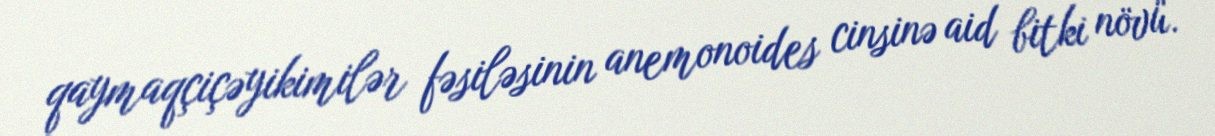
qaymaqçiçəyikimilər fəsiləsinin anemonoides cinsinə aid bitki növü.